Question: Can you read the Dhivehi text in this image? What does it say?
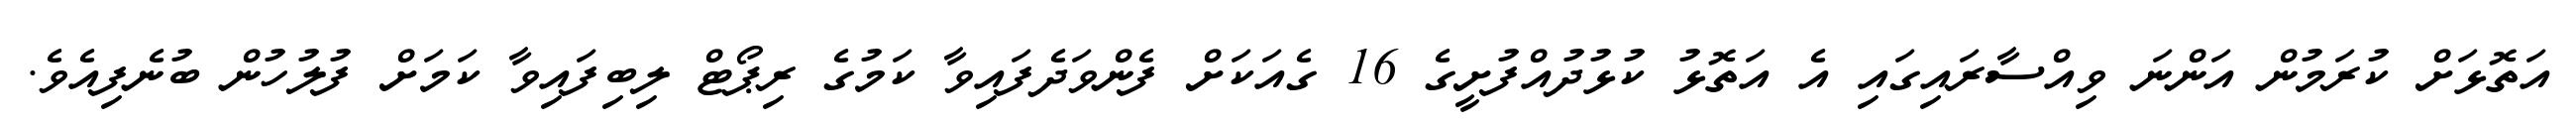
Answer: އަތޮޅަށް ކުރަމުން އަންނަ ވިއްސާރައިގައި އެ އަތޮޅު ކުޅުދުއްފުށީގެ 16 ގެއަކަށް ފެންވަދެފައިވާ ކަމުގެ ރިޕޯޓް ލިބިފައިވާ ކަމަށް ފުލުހުން ބުނެފިއެވެ.